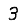
Digit: 3